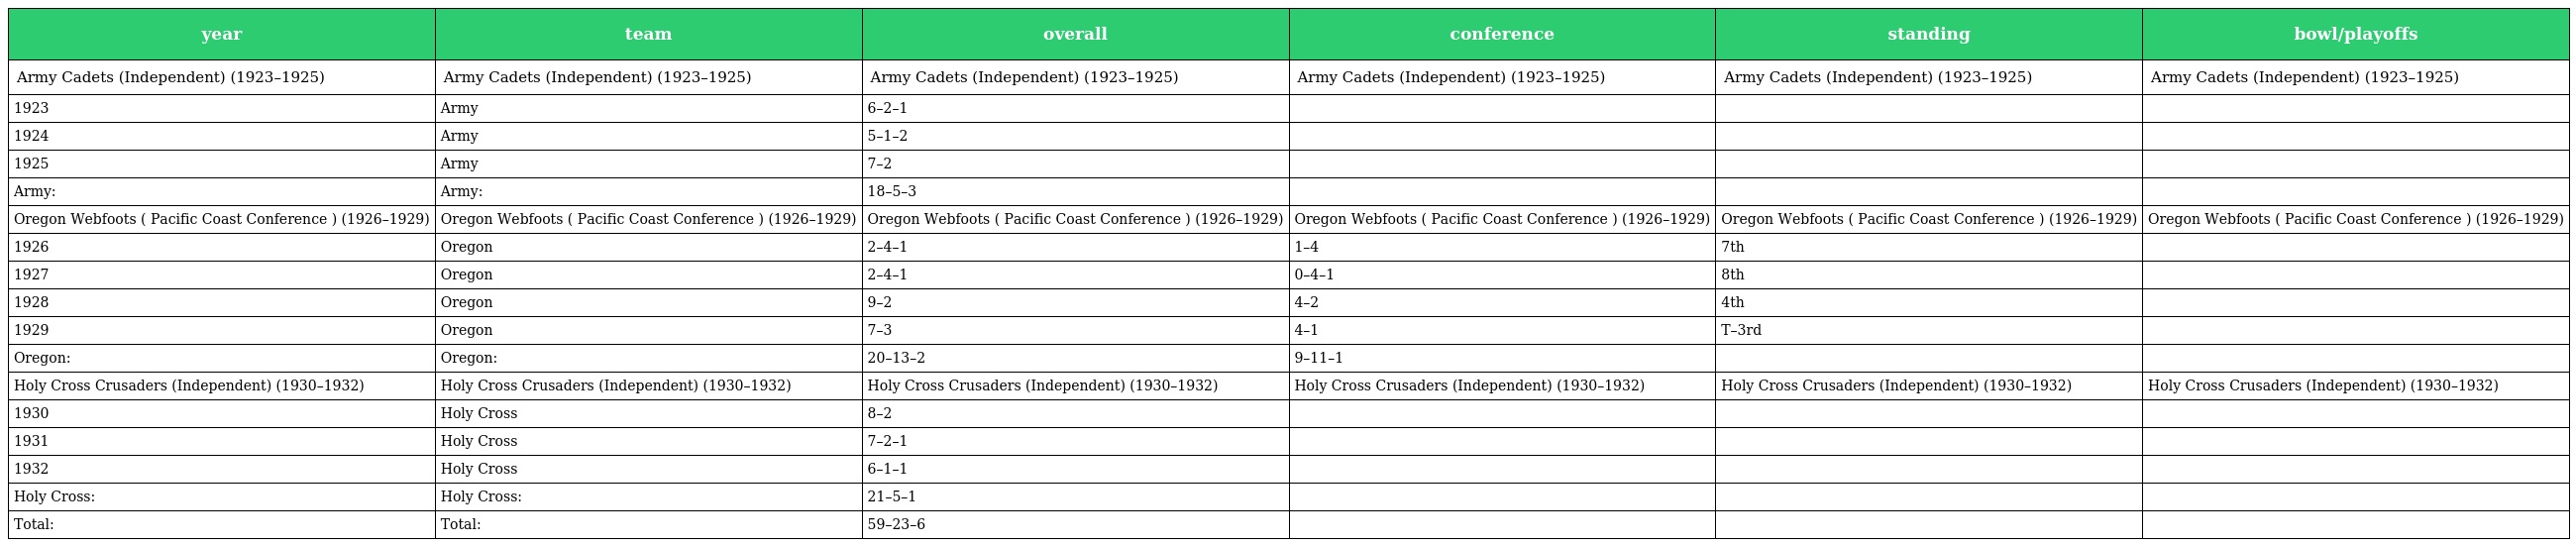
| year | team | overall | conference | standing | bowl/playoffs |
 | --- | --- | --- | --- | --- | --- |
 | Army Cadets (Independent) (1923–1925) | Army Cadets (Independent) (1923–1925) | Army Cadets (Independent) (1923–1925) | Army Cadets (Independent) (1923–1925) | Army Cadets (Independent) (1923–1925) | Army Cadets (Independent) (1923–1925) |
 | 1923 | Army | 6–2–1 |  |  |  |
 | 1924 | Army | 5–1–2 |  |  |  |
 | 1925 | Army | 7–2 |  |  |  |
 | Army: | Army: | 18–5–3 |  |  |  |
 | Oregon Webfoots ( Pacific Coast Conference ) (1926–1929) | Oregon Webfoots ( Pacific Coast Conference ) (1926–1929) | Oregon Webfoots ( Pacific Coast Conference ) (1926–1929) | Oregon Webfoots ( Pacific Coast Conference ) (1926–1929) | Oregon Webfoots ( Pacific Coast Conference ) (1926–1929) | Oregon Webfoots ( Pacific Coast Conference ) (1926–1929) |
 | 1926 | Oregon | 2–4–1 | 1–4 | 7th |  |
 | 1927 | Oregon | 2–4–1 | 0–4–1 | 8th |  |
 | 1928 | Oregon | 9–2 | 4–2 | 4th |  |
 | 1929 | Oregon | 7–3 | 4–1 | T–3rd |  |
 | Oregon: | Oregon: | 20–13–2 | 9–11–1 |  |  |
 | Holy Cross Crusaders (Independent) (1930–1932) | Holy Cross Crusaders (Independent) (1930–1932) | Holy Cross Crusaders (Independent) (1930–1932) | Holy Cross Crusaders (Independent) (1930–1932) | Holy Cross Crusaders (Independent) (1930–1932) | Holy Cross Crusaders (Independent) (1930–1932) |
 | 1930 | Holy Cross | 8–2 |  |  |  |
 | 1931 | Holy Cross | 7–2–1 |  |  |  |
 | 1932 | Holy Cross | 6–1–1 |  |  |  |
 | Holy Cross: | Holy Cross: | 21–5–1 |  |  |  |
 | Total: | Total: | 59–23–6 |  |  |  |